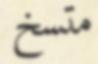
متسخ